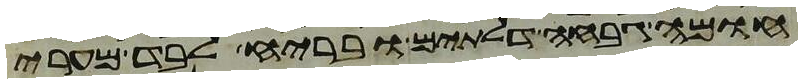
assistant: חומה גבחה דלתים ובריח לבד מערי